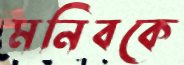
মনিবকে